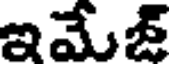
ఇమేజ్